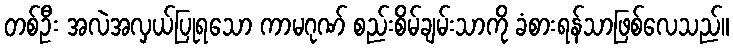
တစ်ဦး အလဲအလှယ်ပြုရသော ကာမဂုဏ် စည်းစိမ်ချမ်းသာကို ခံစားရန်သာဖြစ်လေသည်။